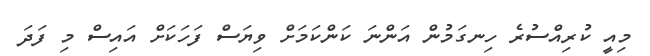
މިއީ ކުރިއްސުރެ ހިނގަމުން އަންނަ ކަންކަމަށް ވިޔަސް ފަހަކަށް އައިސް މި ފަދަ